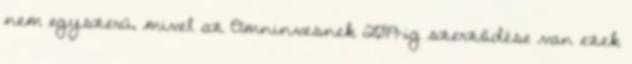
nem egyszerű, mivel az Omninvesnek 2019-ig szerződése van ezek